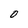
Character: O